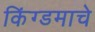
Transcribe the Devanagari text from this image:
किंग्डमाचे